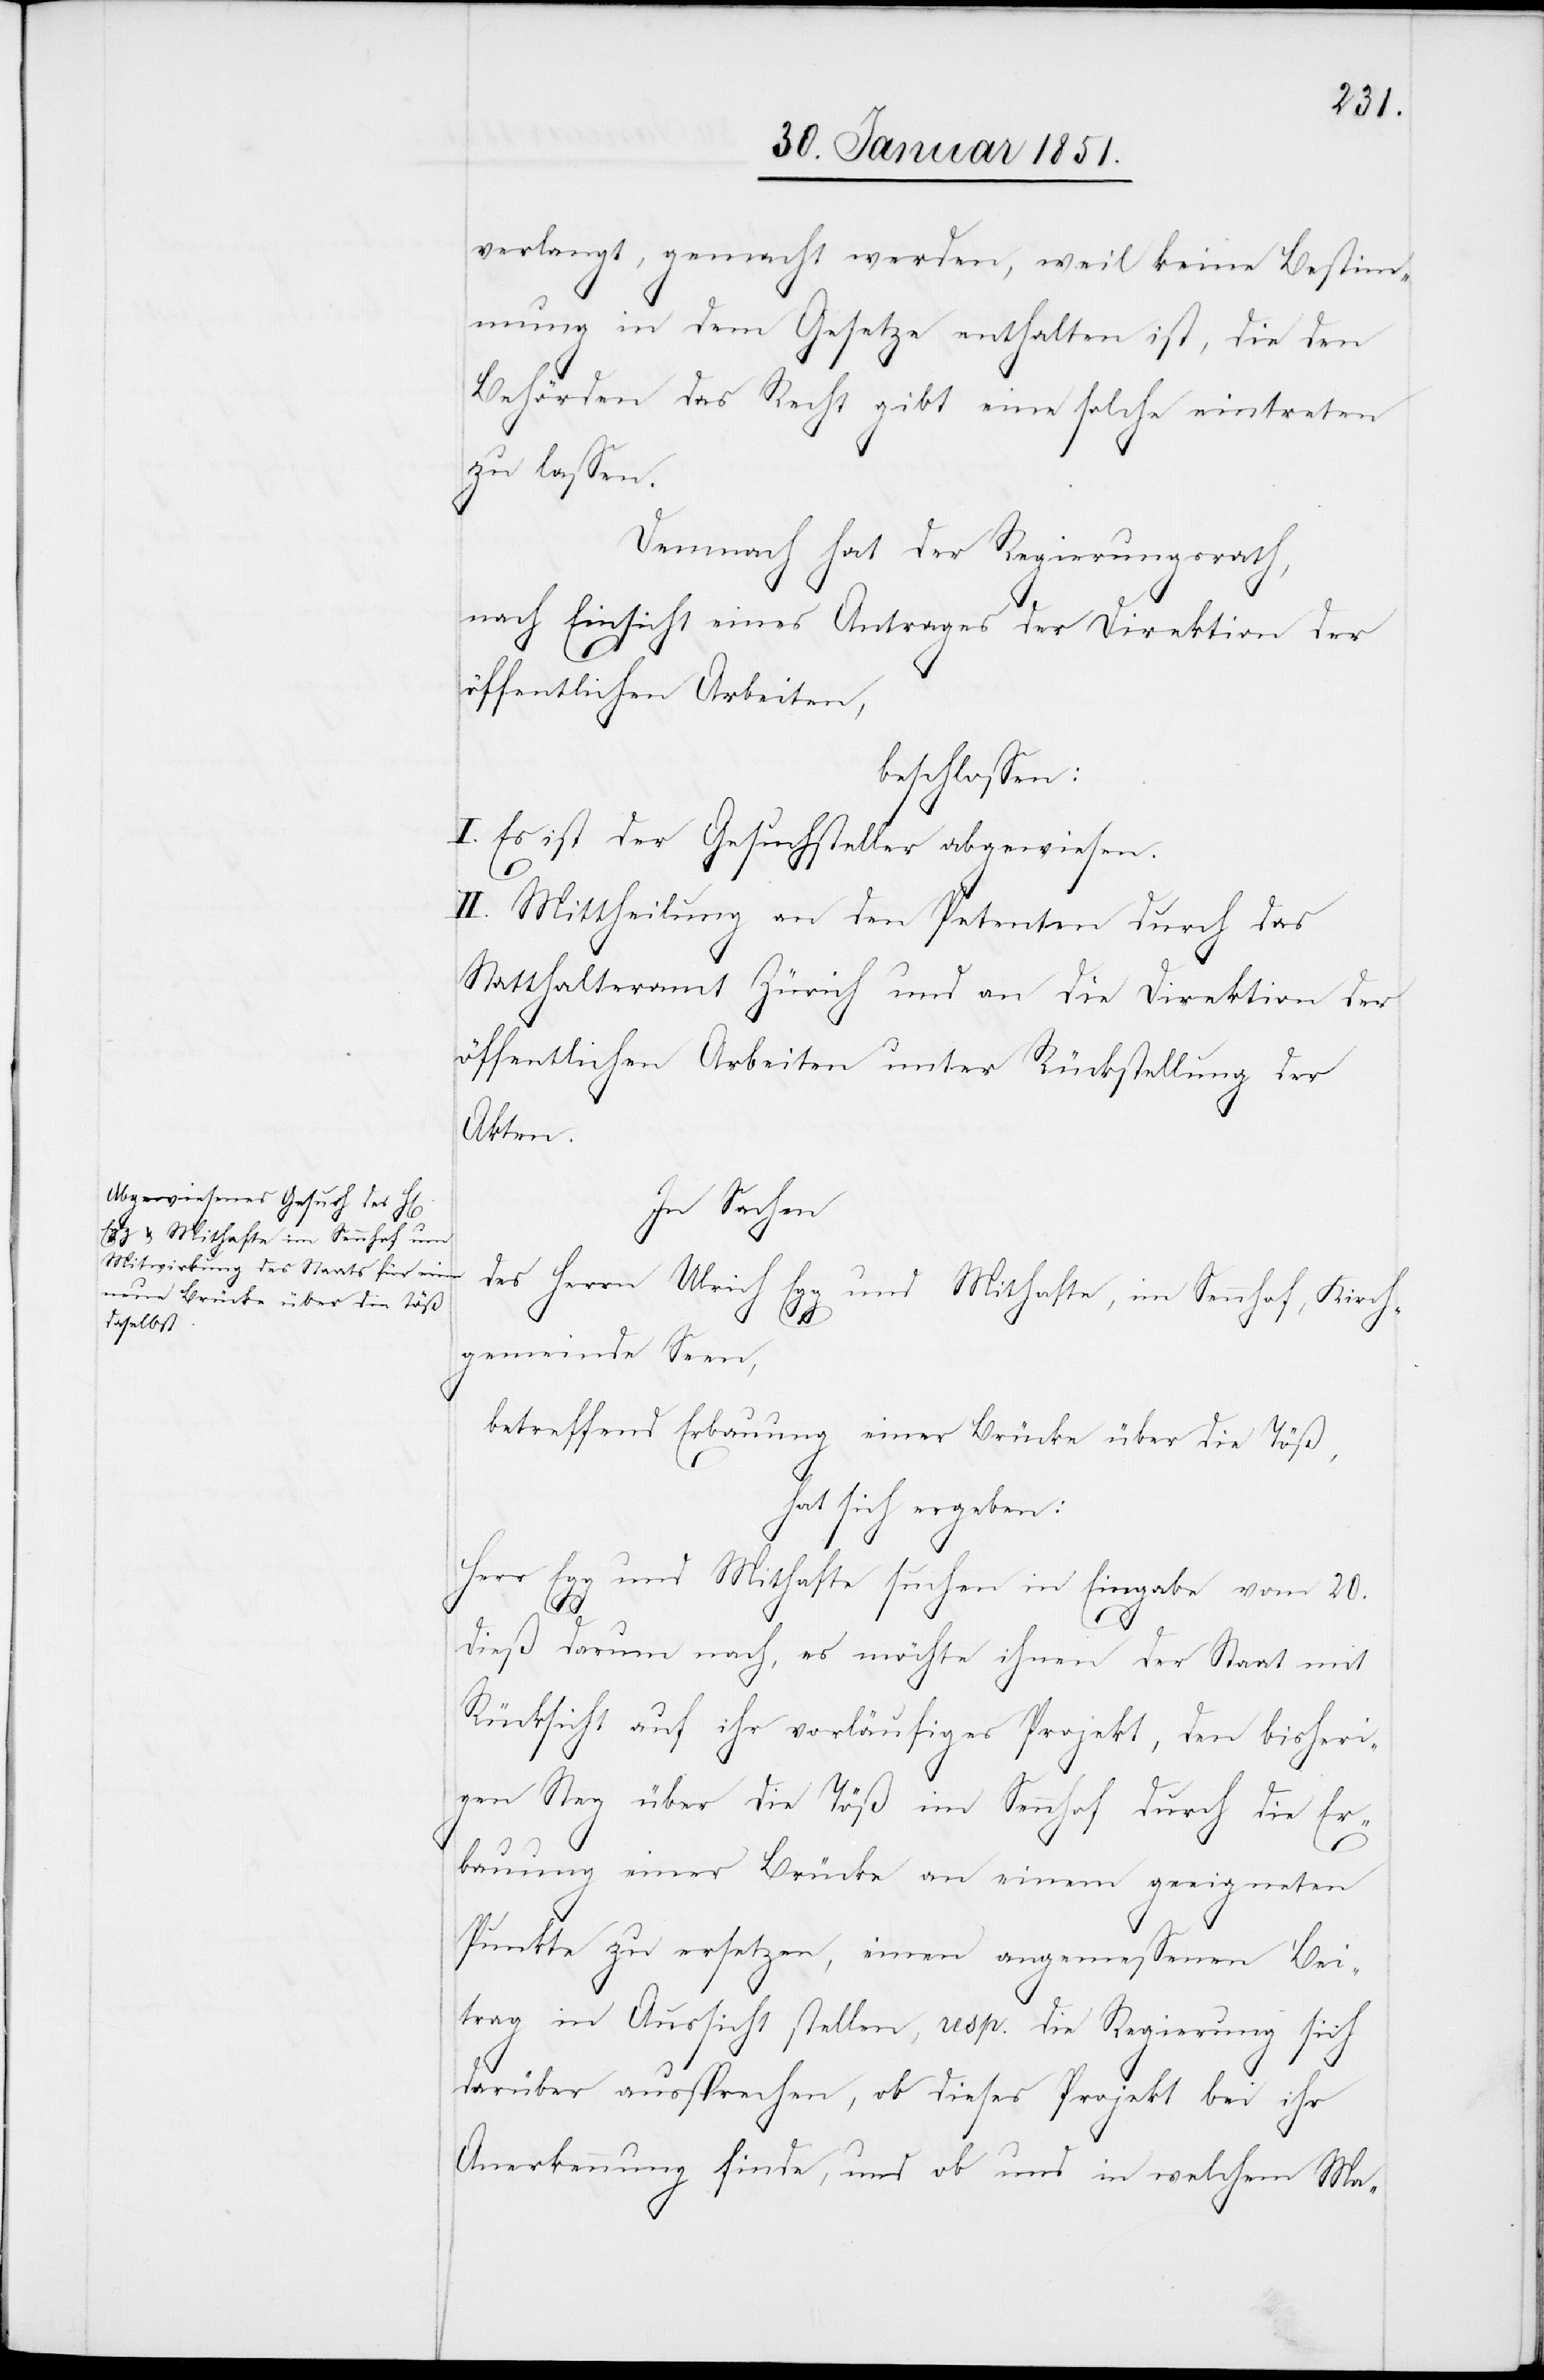
verlangt, gemacht werden, weil keine Bestim¬
mung in dem Gesetze enthalten ist, die den
Behörden das Recht gibt eine solche eintreten
zu lassen.
Demnach hat der Regierungsrath,
nach Einsicht eines Antrages der Direktion der
öffentlichen Arbeiten,
beschlossen:
I. Es ist der Gesuchsteller abgewiesen.
II. Mittheilung an den Petenten durch das
Statthalteramt Zürich und an die Direktion der
öffentlichen Arbeiten unter Rückstellung der
Akten.
In Sachen
des Herrn Ulrich Egg und Mithafte, im Sennhof, Kirch¬
gemeinde Seen,
betreffend Erbauung einer Brücke über die Töß,
hat sich ergeben:
Herr Egg und Mithafte suchen in Eingabe vom 20.
dieß darum nach, es möchte ihnen der Staat mit
Rücksicht auf ihr vorläufiges Projekt, den bisheri¬
gen Steg über die Töß im Sennhof durch die Er¬
bauung einer Brücke an einem geeigneten
Punkte zu ersetzen, einen angemessenen Bei¬
trag in Aussicht stellen, resp. die Regierung sich
darüber aussprechen, ob dieses Projekt bei ihr
Anerkennung finde, und ob und in welchem Ma-